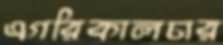
এগরিকালচার